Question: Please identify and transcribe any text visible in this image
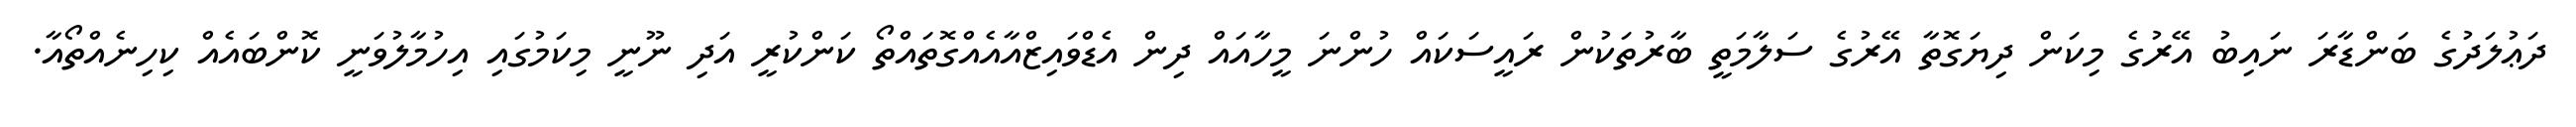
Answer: ދަޢުލަދުގެ ބަންޑާރަ ނައިބު އޭރުގެ މިކަން ދިޔަގޮތާ އޭރުގެ ސަލާމަތީ ބާރުތަކުން ރައީސަކައް ހުންނަ މީހާއައް ދިން އެޑްވައިޒްއާއެއްގޮތައްތޯ ކަންކުރީ އަދި ނޫނީ މިކަމުގައި އިހުމާލުވަނީ ކޮންބައެއް ކިހިނެއްތޯއާ.